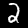
Digit: 2